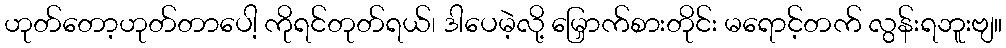
ဟုတ်တော့ဟုတ်တာပေါ့ ကိုရင်တုတ်ရယ်၊ ဒါပေမဲ့လို့ မြှောက်စားတိုင်း မရောင့်တက် လွန်းရဘူးဗျ။